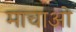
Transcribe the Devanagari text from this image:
माचाओ